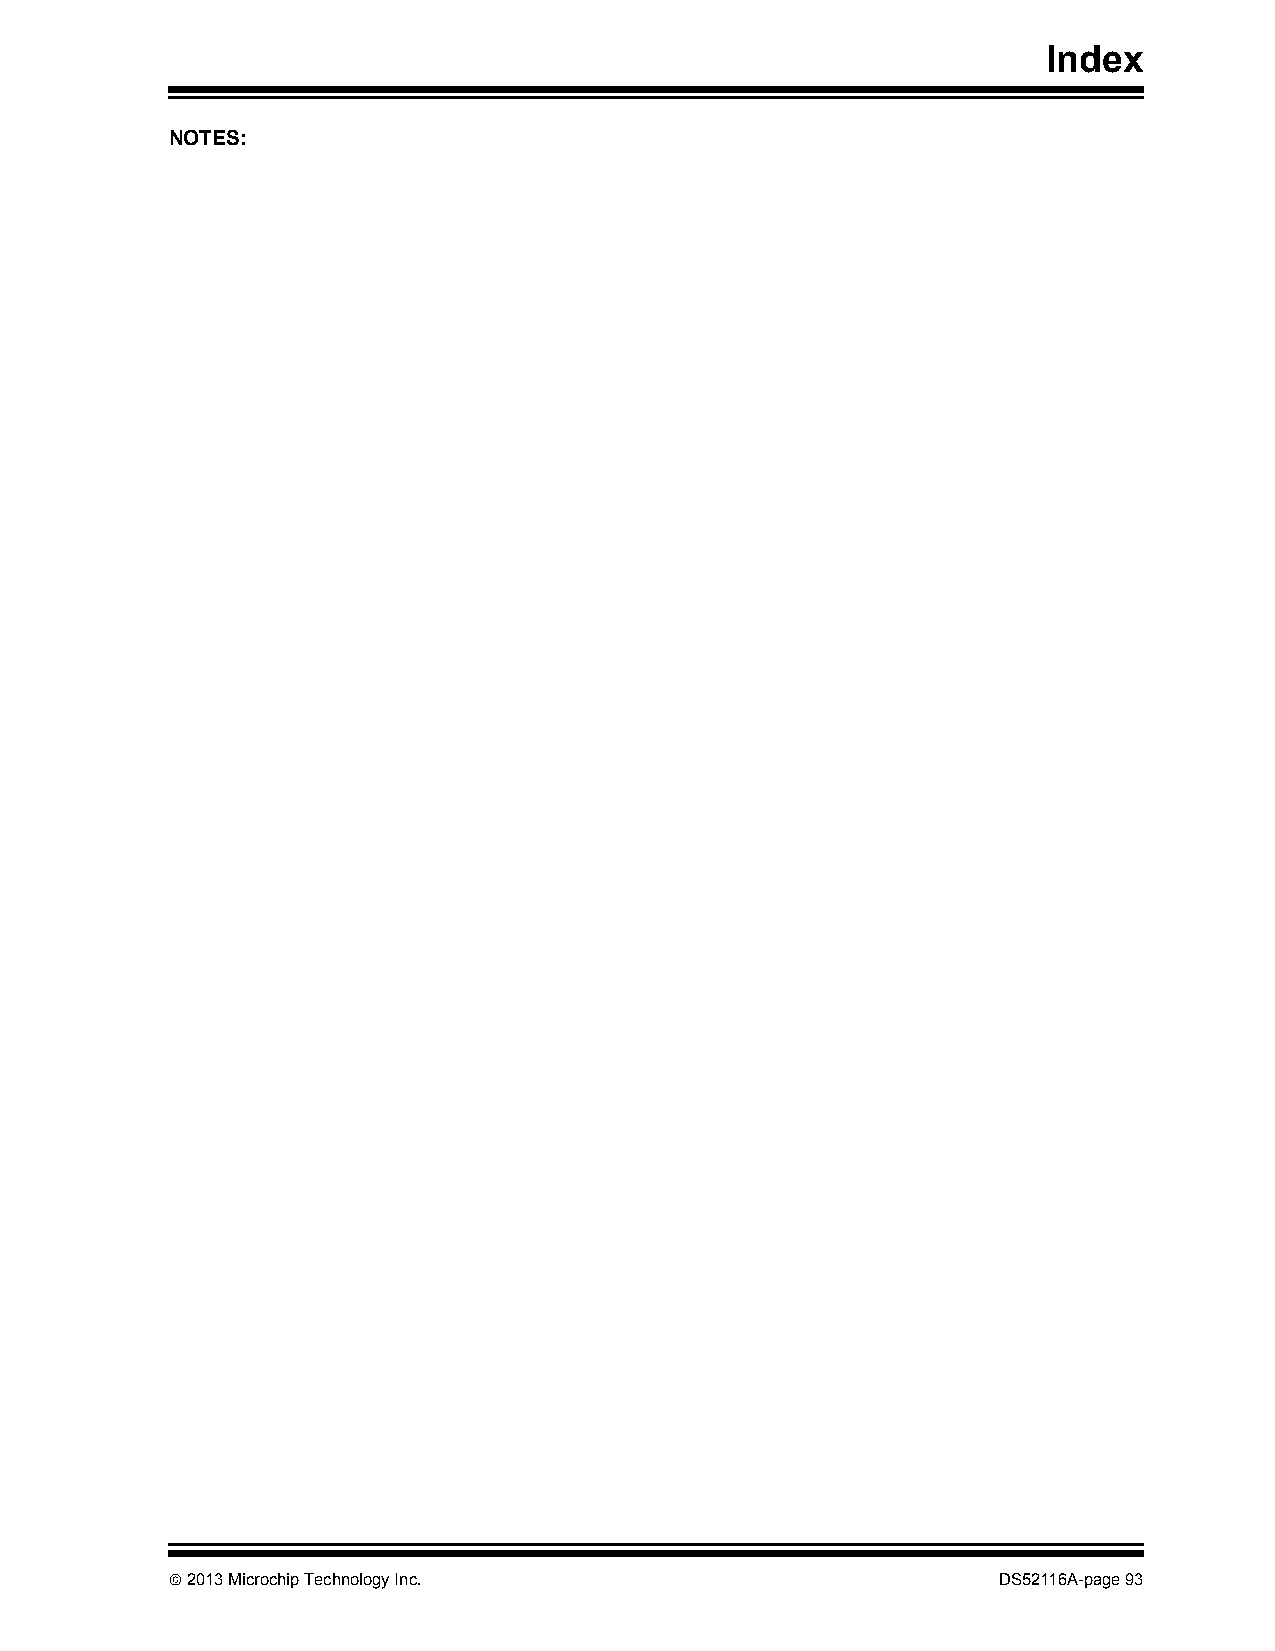
Index
 NOTES:
  2013 Microchip Technology Inc.                       DS52116A-page 93